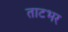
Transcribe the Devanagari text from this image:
ताटभर